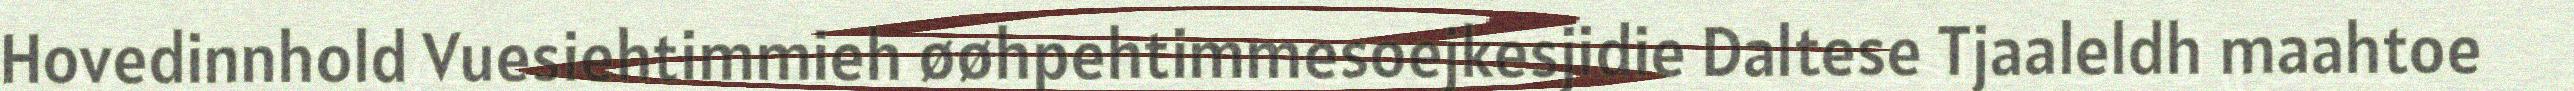
Hovedinnhold Vuesiehtimmieh øøhpehtimmesoejkesjidie Daltese Tjaaleldh maahtoe